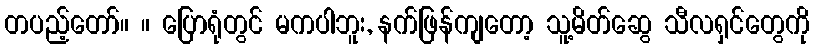
တပည့်တော်။ ။ ပြောရုံတွင် မကပါဘူး, နက်ဖြန်ကျတော့ သူ့မိတ်ဆွေ သီလရှင်တွေကို